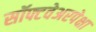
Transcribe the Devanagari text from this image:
सॉफ्टवेअरपेक्षा